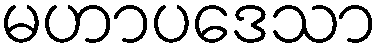
မဟာပဒေသာ